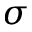
\sigma